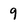
Character: 9